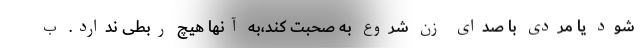
شود یا مردی با صدای زن شروع به صحبت کند،به آنها هیچ ربطی ندارد. ب